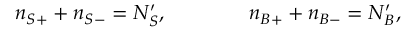
n _ { S + } + n _ { S - } = N _ { S } ^ { \prime } , \qquad \qquad n _ { B + } + n _ { B - } = N _ { B } ^ { \prime } ,